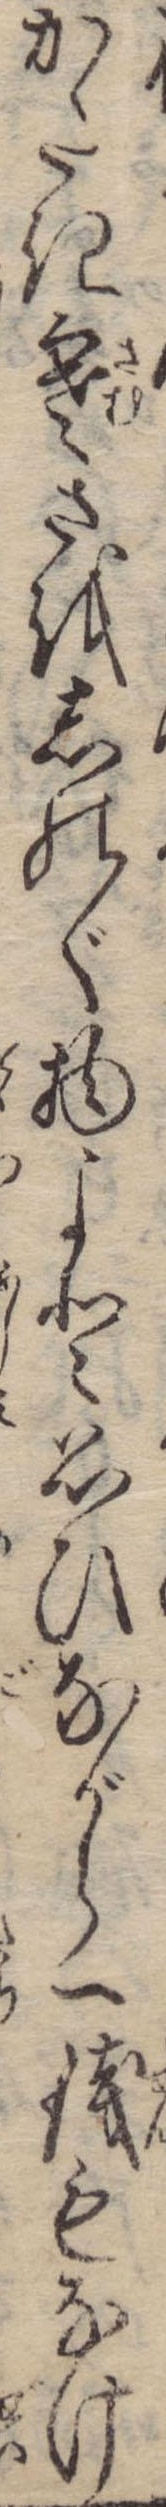
かたき寒さをしのぐ物よと思ひながら一銭もなけ